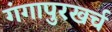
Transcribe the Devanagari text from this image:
गंगापुरखर्च